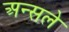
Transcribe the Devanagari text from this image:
अन्सले